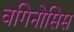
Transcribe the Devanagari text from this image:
वगिनोसिस